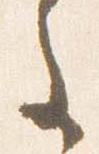
主